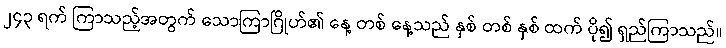
၂၄၃ ရက် ကြာသည့်အတွက် သောကြာဂြိုဟ်၏ နေ့ တစ် နေ့သည် နှစ် တစ် နှစ် ထက် ပို၍ ရှည်ကြာသည်။